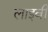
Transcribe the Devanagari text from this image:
लाइवी